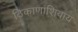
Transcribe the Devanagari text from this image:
ठिकाणांशिवाय